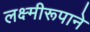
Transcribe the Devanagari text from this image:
लक्ष्मीरूपाने